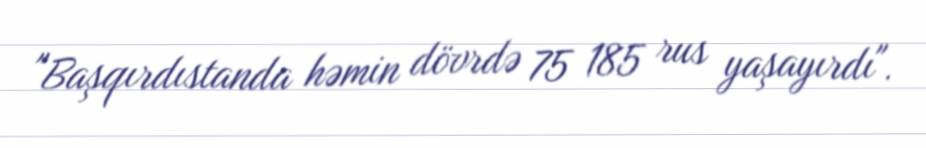
"Başqırdıstanda həmin dövrdə 75 185 rus yaşayırdı".